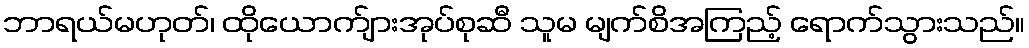
ဘာရယ်မဟုတ်၊ ထိုယောက်ျားအုပ်စုဆီ သူမ မျက်စိအကြည့် ရောက်သွားသည်။